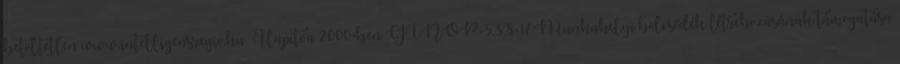
betöltetlen www.intelligensregio.hu. Alapítva 2000-ben GINOP-5.3.8-17 Munkahelyi bölcsődék létrehozásának támogatása